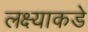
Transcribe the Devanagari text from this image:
लक्ष्याकडे